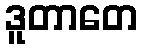
ဒူတာတေ